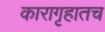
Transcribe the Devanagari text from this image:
कारागृहातच